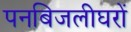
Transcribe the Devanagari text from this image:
पनबिजलीघरों